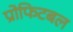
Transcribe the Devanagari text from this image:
प्रोफिटबल